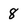
Character: 8